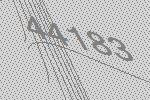
44183